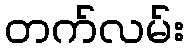
တက်လမ်း